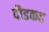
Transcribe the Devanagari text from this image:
दौडकद